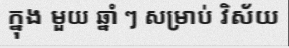
ក្នុង មួយ ឆ្នាំ ៗ សម្រាប់ វិស័យ